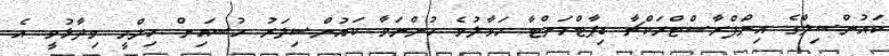
ކައުންސިލްގެ އިންފްރާސްޓްރަކްޗާ ޑިޕާޓްމަންޓާ ހަވާލުވެ ހުންނަވާ ކައުންސިލަރު ހުސައިން ހިލްމީ ވިދާޅުވީ އެ